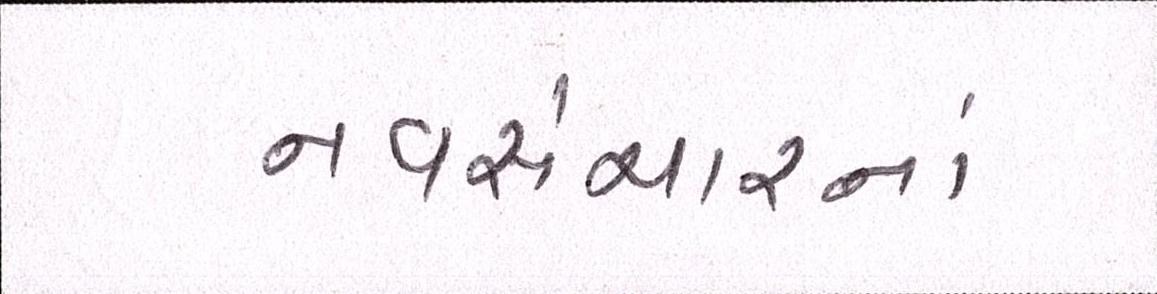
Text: નવસંચારનાં